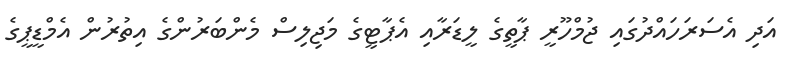
އަދި އެސަރަހައްދުގައި ޖުމްހޫރީ ޕާތީގެ ލީޑަރާއި އެޕާޓީގެ މަޖިލިސް މެންބަރުންގެ އިތުރުން އެމްޑީޕީގެ